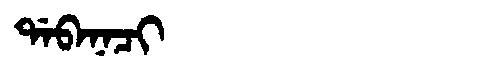
Manchu: ᡩᠠᠪᠠᠨᠠᠴᡳ
Romanization: DABANACI